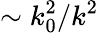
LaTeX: \sim{k_{0}^{2}}/{k^{2}}